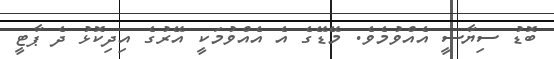
ބޮޑު ސިޔާސީ އެއްވުމެވެ. މޭޑޭގެ އެ އެއްވުމަކީ އޭރުގެ އިދިކޮޅު ދެ ޕާޓީ